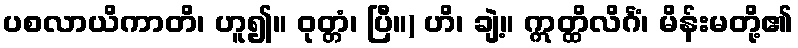
ပစလာယိကာတိ၊ ဟူ၍။ ဝုတ္တံ၊ ပြီ။) ဟိ၊ ချဲ့။ ဣတ္ထိလိင်္ဂံ၊ မိန်းမတို့၏